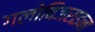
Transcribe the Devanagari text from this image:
गलोबिजराइना